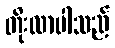
တိုးလာပါသည်